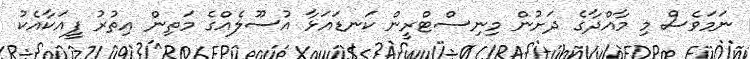
ނަމަވެސް މި މާއްދާގެ ދަށުން މިނިސްޓްރީން ކަނޑައަޅާ އުސޫލެއްގެ މަތިން އިތުރު ފީއަކާއެކު